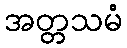
အတ္တသမံ